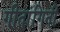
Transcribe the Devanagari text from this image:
गीतांगिनी